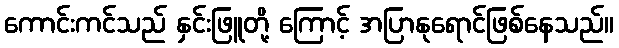
ကောင်းကင်သည် နှင်းဖြူတို့ ကြောင့် အပြာနုရောင်ဖြစ်နေသည်။